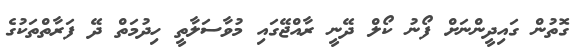
ގޮތުން ގައިދީންނަށް ފޯނު ކޯލް ދޭނީ ރާއްޖޭގައި މުވާސަލާތީ ހިދުމަތް ދޭ ފަރާތްތަކުގެ